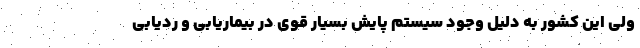
ولی این کشور به دلیل وجود سیستم پایش بسیار قوی در بیماریابی و ردیابی